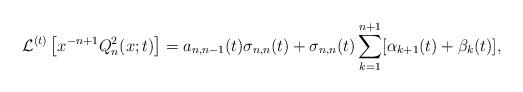
LaTeX: \begin{align*}\mathcal{L}^{(t)} \left[ x^{-n+1}Q_{n}^2(x; t) \right] = a_{n,n-1}(t) \sigma_{n,n}(t) + \sigma_{n,n}(t) \sum_{k=1}^{n+1} [\alpha_{k+1}(t) + \beta_{k}(t)],\end{align*}